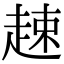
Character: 趚